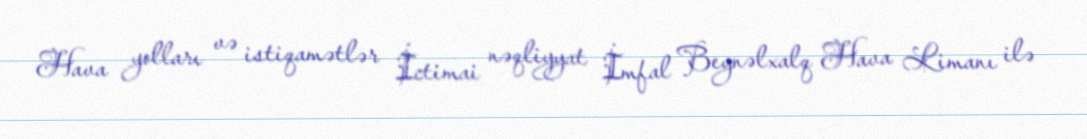
Hava yolları və istiqamətlər İctimai nəqliyyat İmfal Beynəlxalq Hava Limanı ilə